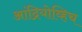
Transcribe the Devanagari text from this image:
आंद्रियोव्हिच